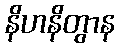
နိဟနိတွာန